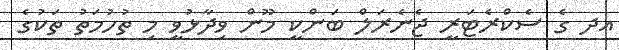
އދ ގެ ސެކްރެޓަރީ ޖެނެރަލް ބަންކީ މޫން ވިދާޅުވީ މި ތުހުމަތު ތަކުގެ